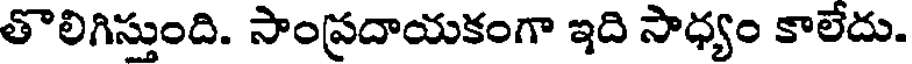
తొలిగిస్తుంది. సాంప్రదాయకంగా ఇది సాధ్యం కాలేదు.